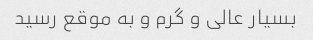
بسیار عالی و گرم و به موقع رسید